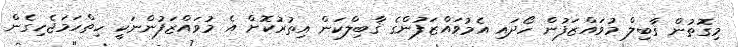
މިގޮތުން ޤާބިލް މުވައްޒަފުން ހޯދައި އެމުވައްޒަފުންގެ ޤާބިލްކަން އިތުރުކޮށް އެ މުވައްޒަފުންނަކީ ހިތްހަމަޖެހިގެން